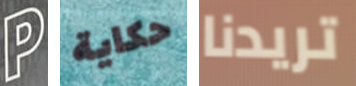
P حكاية تريدنا